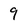
Character: 9